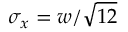
\sigma _ { x } = w / \sqrt { 1 2 }